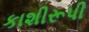
કાશીરૂપી